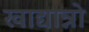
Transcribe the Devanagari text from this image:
खाद्यान्नो